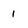
Character: 1